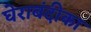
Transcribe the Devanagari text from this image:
घेराबंदीका